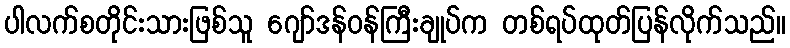
ပါလက်စတိုင်းသားဖြစ်သူ ဂျော်ဒန်ဝန်ကြီးချုပ်က တစ်ရပ်ထုတ်ပြန်လိုက်သည်။